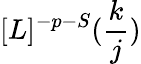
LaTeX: [L]^{-p-S}(\frac{k}{j})